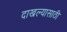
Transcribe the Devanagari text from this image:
दाखल्यासाठी